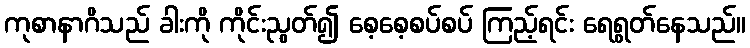
ကုစာနာဂိသည် ခါးကို ကိုင်းညွတ်၍ စေ့စေ့စပ်စပ် ကြည့်ရင်း ရေရွတ်နေသည်။